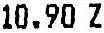
10.90 Z